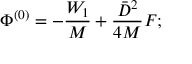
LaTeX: \Phi ^ { ( 0 ) } = - \frac { W _ { 1 } } { M } + \frac { \bar { D } ^ { 2 } } { 4 M } F ;